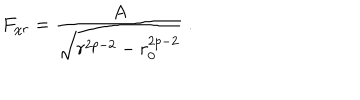
F _ { \chi r } = \frac { A } { \sqrt { r ^ { 2 p - 2 } - r _ { 0 } ^ { 2 p - 2 } } } \ .